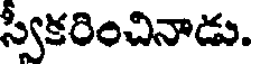
స్వీకరించినాడు.